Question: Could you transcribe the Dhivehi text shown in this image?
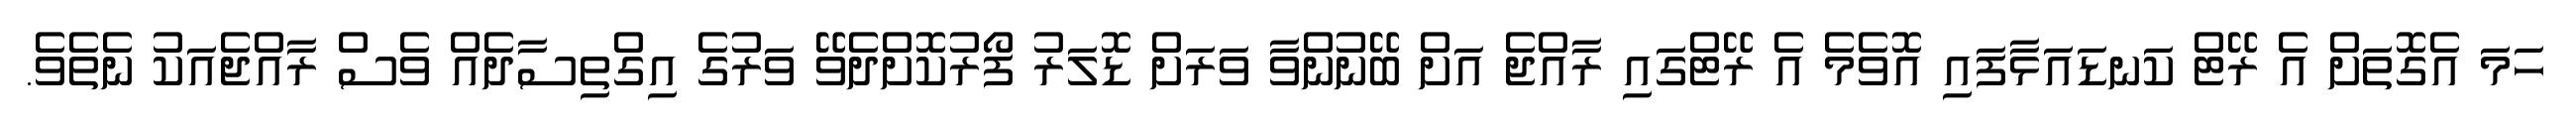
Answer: ހަމަ އެގޮތަށް އެ ރޭޓް ކަނޑައަޅާފައި އޮވެމެ އެ ރޭޓްގައި ރާއްޖެ އަށް ބޭނުންވާ ވަރަށް ޑޮލަރު ފޯރުކޮށްދެވޭ ވަރުގެ އިގްތިސާދެއް ވެސް ރާއްޖެއަކު ނެތެވެ.